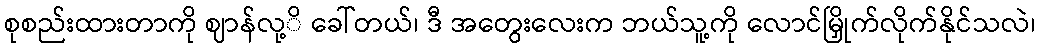
စုစည်းထားတာကို ဈာန်လု့ိ ခေါ်တယ်၊ ဒီ အတွေးလေးက ဘယ်သူ့ကို လောင်မြှိုက်လိုက်နိုင်သလဲ၊